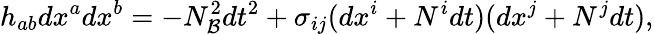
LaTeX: h_{ab}dx^{a}dx^{b}=-N_{\cal B}^{2}dt^{2}+\sigma_{ij}(dx^{i}+N^{i}dt)(dx^{j}+N^{j}dt),